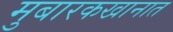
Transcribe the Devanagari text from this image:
मुबारकखानात